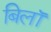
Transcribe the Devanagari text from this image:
बिलॉ